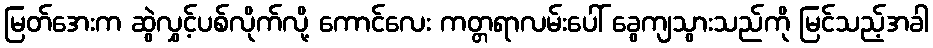
မြတ်အေးက ဆွဲလွှင့်ပစ်လိုက်လို့ ကောင်လေး ကတ္တရာလမ်းပေါ် ခွေကျသွားသည်ကို မြင်သည့်အခါ